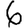
Digit: 6